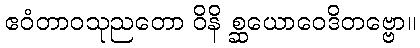
ဧဝံတာဝသုညတော ဝိနိ စ္ဆယောဝေဒိတဗ္ဗော။